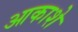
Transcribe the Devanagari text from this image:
आकाशे